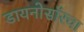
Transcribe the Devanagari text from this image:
डायनोसॉरचा